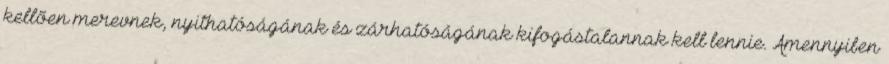
kellõen merevnek, nyithatóságának és zárhatóságának kifogástalannak kell lennie. Amennyiben